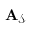
{ \bf A } _ { \mathcal S }